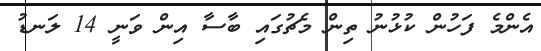
އެންމެ ފަހުން ކުޅުނު ތިން މެޗުގައި ބާސާ އިން ވަނީ 14 ލަނޑު